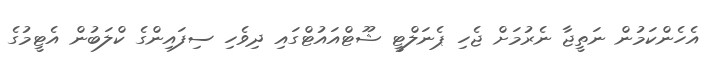
އެހެންކަމުން ނަތީޖާ ނެރުމަށް ޖެހި ޕެނަލްޓީ ޝޫޓްއައުޓްގައި ދިވެހި ސިފައިންގެ ކްލަބުން އެޓީމުގެ